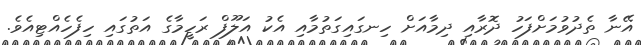
އޭނާ ތެދުވުމަށްފަހު ދޮރާއި ދިމާއަށް ހިނގައިގަތުމާއި އެކު އަލޫފް ރަހީމާގެ އަތުގައި ހިފެހެއްޓިއެވެ.